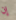
إن